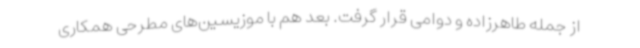
از جمله طاهرزاده و دوامی قرار گرفت. بعد هم با موزیسین‌های مطرحی همکاری